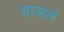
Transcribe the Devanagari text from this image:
वाजलं